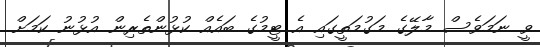
ވީ ނަމަވެސް މާލޭގެ މަގުމަތީގައި އެ ޓީމުގެ ބައެއް ކުޅުންތެރިން އުޅުނު ކަމަށް